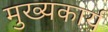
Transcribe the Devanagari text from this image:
मुख्यकार्य